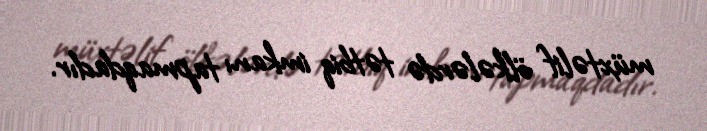
müxtəlif ölkələrdə tətbiq imkanı tapmaqdadır.